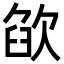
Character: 欿